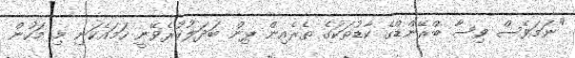
"ނަމަވެސް ވިސާ ބްރޭންޑްގެ ކާޑުތަކުގެ ތެރެއިން ޕިން ބަދަލުކުރެވޭނީ ހަމައެކަނި މި މަހުން